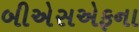
બીએસએફના